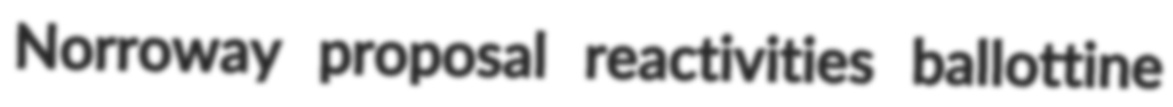
Norroway proposal reactivities ballottine